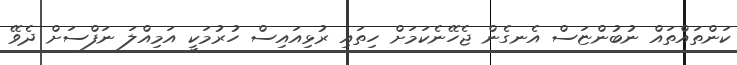
ކަންތައްތައް ނުބުންޏަސް އެނގެން ޖެހޭނެކަމަށް ހިތައި ރުޅިއައިސް ހުރުމަކީ އަމިއްލަ ނަފްސަށް ދެވޭ